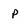
Character: p